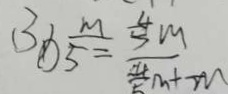
3 \textcircled { \times } \frac { m } { 5 } = \frac { \frac { 4 } { 5 } m } { \frac { 4 } { 5 } m + m }